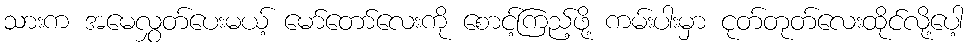
သားက အမေလွှတ်ပေးမယ့် မော်တော်လေးကို စောင့်ကြည့်ဖို့ ကမ်းပါးမှာ ငုတ်တုတ်လေးထိုင်လို့ပေါ့